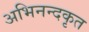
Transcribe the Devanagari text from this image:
अभिनन्दकृत